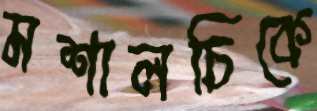
মশালচিকে